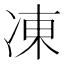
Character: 凍